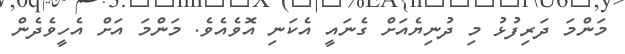
މަންމަ ދަރިފުޅު މި ދުނިޔެއަށް ގެނައީ އެކަނި އޮވެއެވެ. މަންމަ އަށް އެހީވެދެން